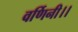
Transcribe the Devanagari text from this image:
वर्णिनी।।